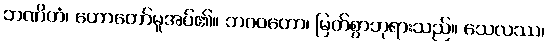
ဘဏိတံ၊ ဟောတော်မူအပ်၏။ ဘဂဝတော၊ မြတ်စွာဘုရားသည်။ သေလဿ၊